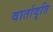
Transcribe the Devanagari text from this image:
वार्तावृत्ति